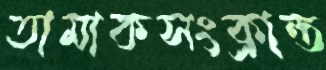
তামাকসংক্রান্ত